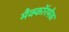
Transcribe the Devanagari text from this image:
मैक्कॉरमैक